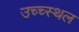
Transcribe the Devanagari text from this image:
उच्च्स्थल